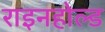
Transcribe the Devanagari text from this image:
राइनहोल्ड